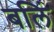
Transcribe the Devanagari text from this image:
बलिं